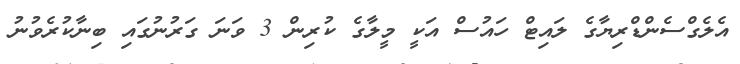
އެލެގްސެންޑްރިޔާގެ ލައިޓް ހައުސް އަކީ މީލާގެ ކުރިން 3 ވަނަ ގަރުނުގައި ބިނާކުރެވުނު